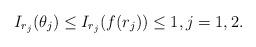
LaTeX: \begin{align*}I_{r_{j}}(\theta_{j})\le I_{r_{j}}(f(r_{j}))\le1,j=1,2.\end{align*}